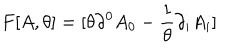
F [ A , \theta ] = [ \theta \partial ^ { 0 } A _ { 0 } - \frac { 1 } { \theta } \partial _ { i } A _ { i } ]